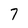
Character: 7